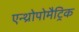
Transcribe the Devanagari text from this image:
एन्थ्रोपोमैट्रिक